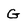
Character: G